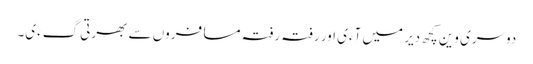
دوسری وین کچھ دیر میں آءی اور رفتہ رفتہ مسافروں سے بھرتی گءی۔